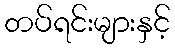
တပ်ရင်းများနှင့်